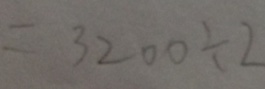
= 3 2 0 0 \div 2